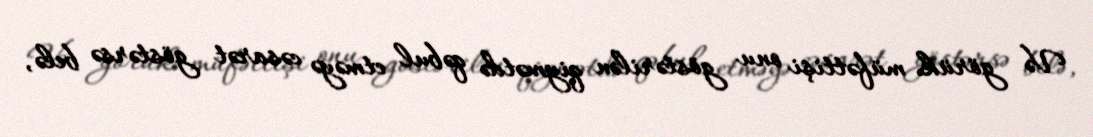
Və görük müfəttişi onu göstərilən qiymətdə qəbul etməyə cəsarət göstərsə belə,